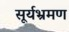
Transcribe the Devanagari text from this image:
सूर्यभ्रमण